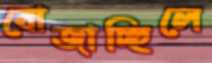
বোজাচ্ছিলে